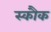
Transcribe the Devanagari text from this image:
स्कौक